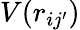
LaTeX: V(r_{ij^{\prime}})